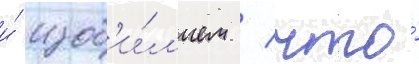
и́ изоб'и́л'ием / что́